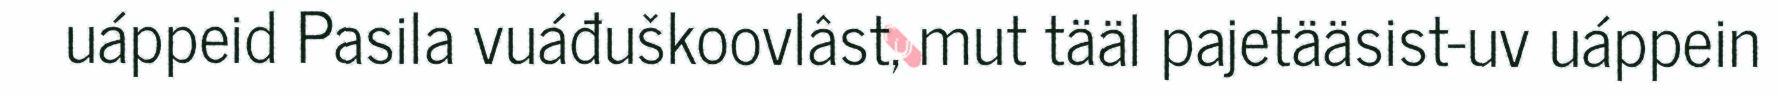
uáppeid Pasila vuáđuškoovlâst, mut tääl pajetääsist-uv uáppein